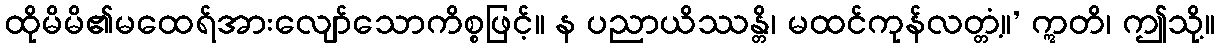
ထိုမိမိ၏မထေရ်အားလျော်သောကိစ္စဖြင့်။ န ပညာယိဿန္တိ၊ မထင်ကုန်လတ္တံ့။’ ဣတိ၊ ဤသို့။